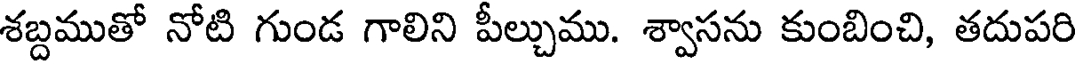
శబ్దముతో నోటి గుండ గాలిని పీల్చుము. శ్వాసను కుంబించి, తదుపరి